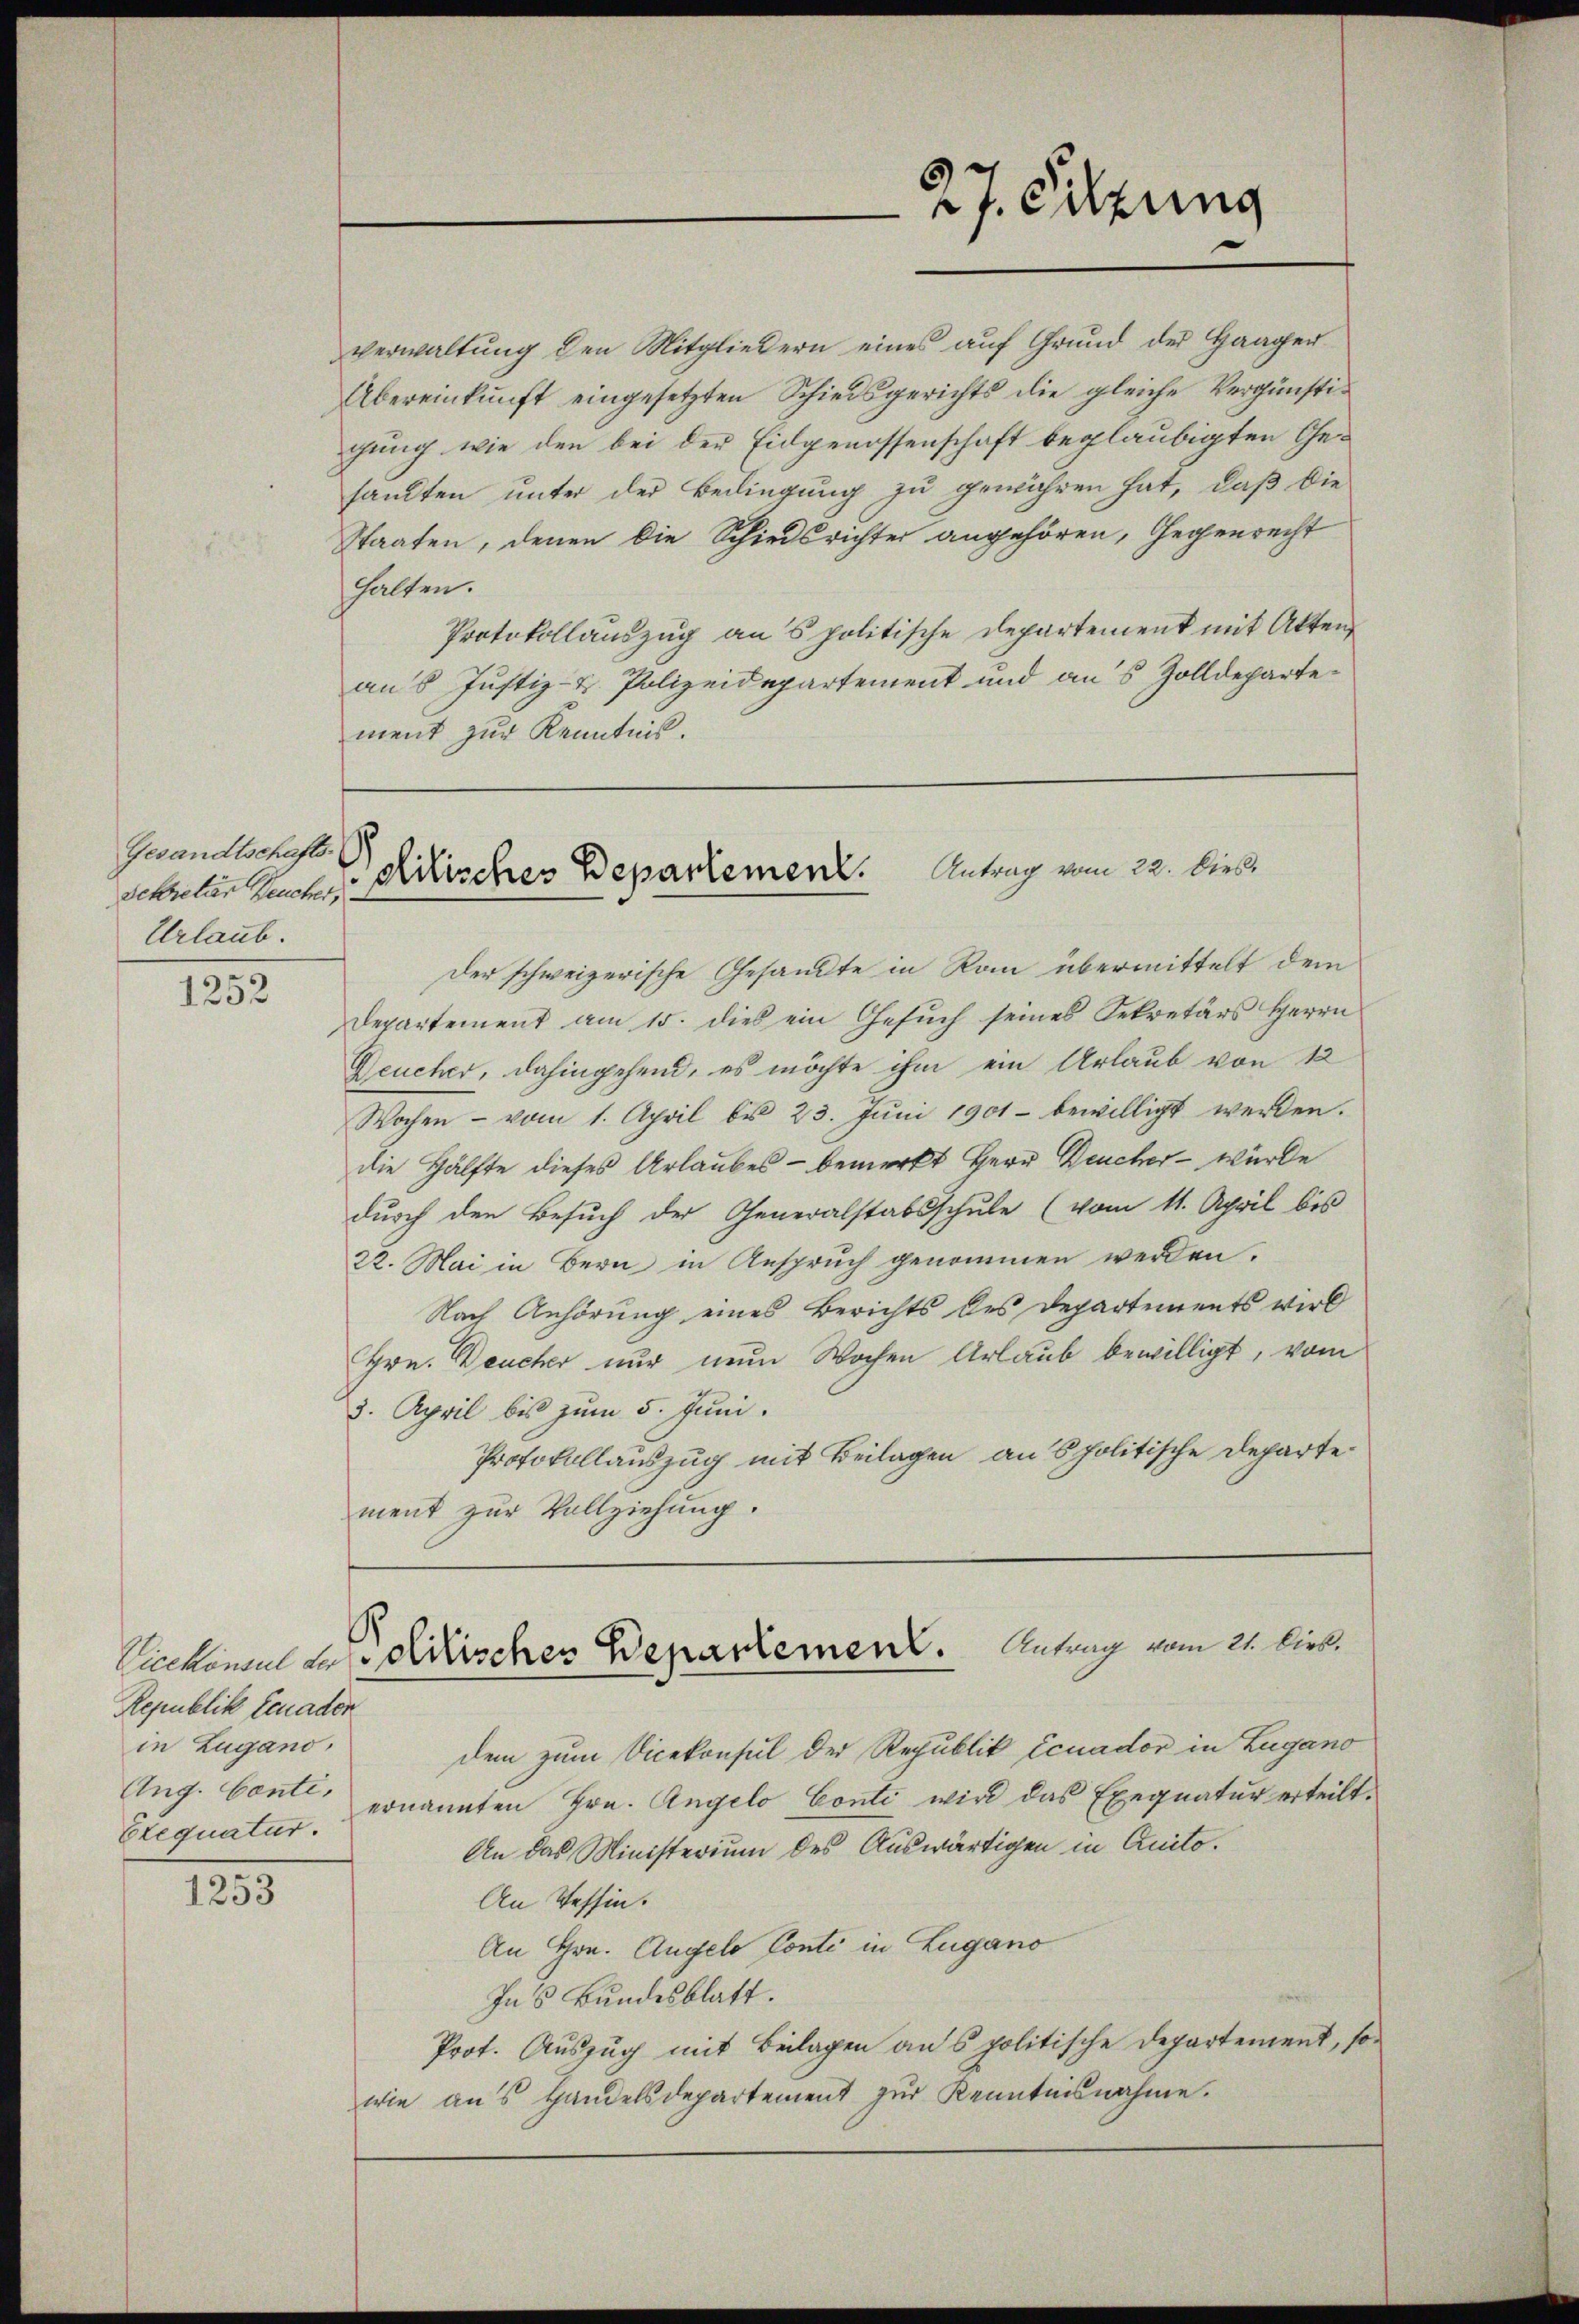
Gesandtschafts-
Sekretär Neucher,
Urlaub.

1252

Republik Lenaden
in Lugano,
Exequatur.

1253

verwaltung den Mitgliedern eines auf Grund der Haager
Übereinkunft eingesetzten Schiedsgerichts die gleiche Vergünstigung wie den bei der Eidgenossenschaft beglaubigten Gesanten unter der Bedingung zu gewähren hat, daß die
Staaten, denen die Schiedsrichter angehören, Gegenrecht
halten.
Protokollauszug ans politische Departement mit Akten
an 8 Justiz- & Polizeidepartement und aus Zolldepartement zur Kenntnis.

.

27. Sitzung

Politisches Departement. Antrag vom 22. Dies

Der schweizerische Gesandte in Rain übermittelt dem
Departement am 15. dies ein Gesŭch seines Sekretärs Herrn
Deucher, dahingehend, es möchte ihm ein Urlaub von 12
Wochen - vom 1. April bis 23. Juni 1901 bewilligt werden.
die Hälfte dieses Urlaubes - bemerkt Herr Beucher - wurde
durch den Besuch der Generalstabsschule (vom 11. April bis
22. Mai in Bern in Anspruch genommen werden.
Nach Anhörung eines Berichts des Departements wird
Hrn. Deucher nur nun Wochen Urlaub bewilligt, vom
3. April bis zum 5. Juni.
Protokollauszug mit Beilagen ans politische Departement zur Vollziehung.
Sickemal der Frischer Wepartement. Antrag vom 21. Dies.
dem zum Vicekonsul der Republik Ecuador in Zugano
Aug. Cont, ernannten Hrn. Angelo Conti wird das Exequatur erteilt.
An das Ministerium des Auswärtigen in Anito¬
An Tessin.
An Hrn. Angelo Conti in Lugano
In 8 Bundesblatt.
Prot. Auszug mit Beilagen ans politische Departement, sowie aus Handelsdepartement zur Kenntnisnahme.